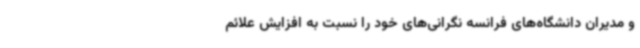
و مدیران دانشگاه‌های فرانسه نگرانی‌های خود را نسبت به افزایش علائم